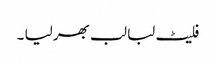
فلیٹ لبا لب بھر لیا ۔